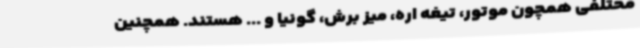
مختلفی همچون موتور، تیغه اره، میز برش، گونیا و ... هستند. همچنین